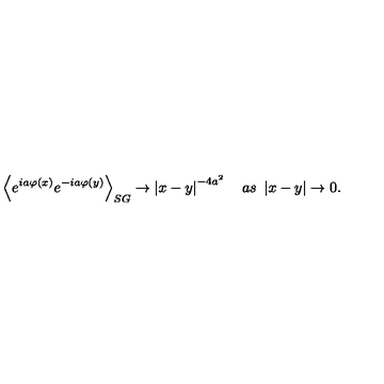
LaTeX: \left\langle e ^ { i a \varphi \left( x \right) } e ^ { - i a \varphi \left( y \right) } \right\rangle _ { S G } \rightarrow \left| x - y \right| ^ { - 4 a ^ { 2 } } \quad a s \ \left| x - y \right| \rightarrow 0 .